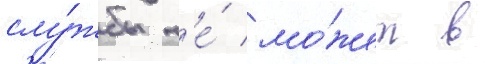
слу́жбы н'е́ мо́жет в